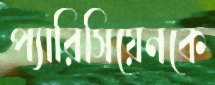
প্যারিসিয়েনকে